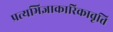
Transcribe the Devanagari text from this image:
प्रत्यभिज्ञाकारिकावृत्ति